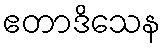
ဧတာဒိသေန